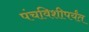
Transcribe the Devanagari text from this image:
पंचविशीपर्यंत